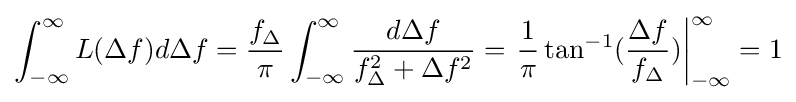
\int _{-\infty }^{\infty }L(\Delta f)d\Delta f={\frac {f_{\Delta }}{\pi }}\int _{-\infty }^{\infty }{\frac {d\Delta f}{f_{\Delta }^{2}+\Delta f^{2}}}=\left.{\frac {1}{\pi }}\tan ^{-1}({\frac {\Delta f}{f_{\Delta }}})\right|_{-\infty }^{\infty }=1